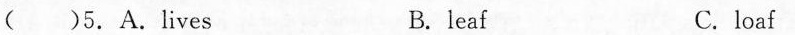
( )5.A.Lives B. leaf C.loaf